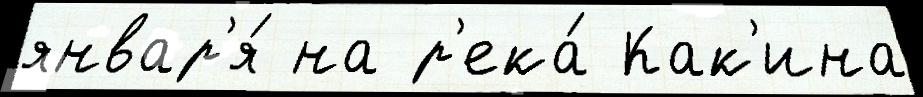
январ'я́ на р'ека́ Как'ина